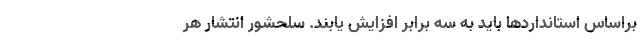
براساس استانداردها باید به سه برابر افزایش یابند. سلحشور انتشار هر